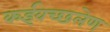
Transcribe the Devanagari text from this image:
कईवच्छलेण